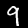
Label: 9